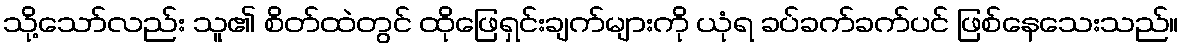
သို့သော်လည်း သူ၏ စိတ်ထဲတွင် ထိုဖြေရှင်းချက်များကို ယုံရ ခပ်ခက်ခက်ပင် ဖြစ်နေသေးသည်။